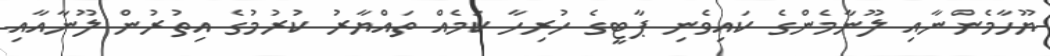
ޔޫހާމެންނާއި ލޫނާމެންގެ ކައިވެނި ޕާޓީގެ ހުރިހާ ކަމެއް ތައްޔާރު ކުރުމުގެ އިތުރުން ލޫނާއާއި